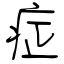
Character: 症